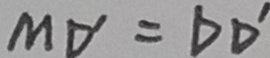
M D ^ { \prime } = D D ^ { \prime }